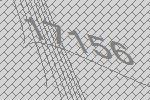
17156